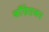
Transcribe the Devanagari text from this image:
काँग्रेसजन